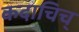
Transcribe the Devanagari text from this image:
कदाचिच्